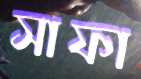
সাফা